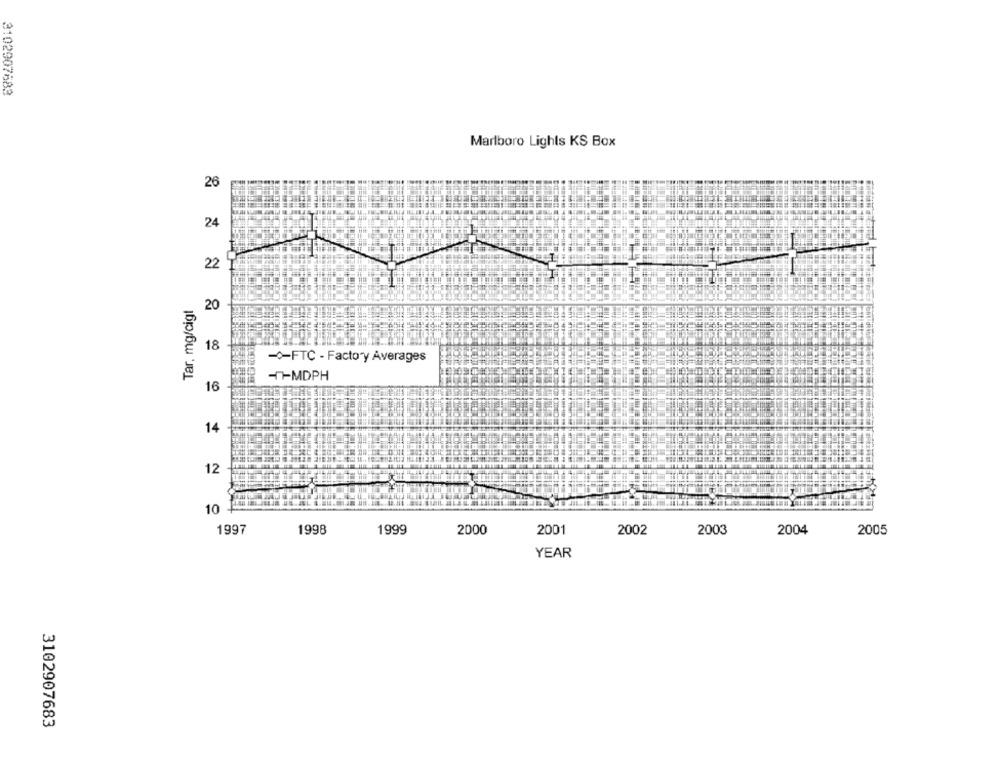
3102907683
Marlboro Lights KS Box
26
24
22
Tar. mg/cigt
20
18
-FTC - Factory Averages
HTMDPH
16
14
12
10
1997
1998
1999
2000
2001
2002
2003
2004
2005
YEAR
3102907683